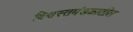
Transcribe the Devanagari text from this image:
विश्वस्तमंडळातील